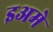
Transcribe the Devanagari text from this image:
इअमे